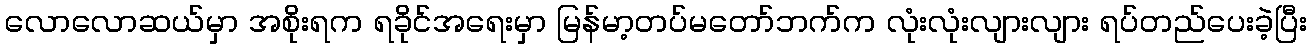
လောလောဆယ်မှာ အစိုးရက ရခိုင်အရေးမှာ မြန်မာ့တပ်မတော်ဘက်က လုံးလုံးလျားလျား ရပ်တည်ပေးခဲ့ပြီး